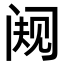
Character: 𬮭